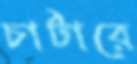
চার্টারে